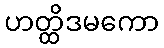
ဟတ္ထိဒမကော